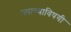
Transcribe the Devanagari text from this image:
ज्याच्याविषयी